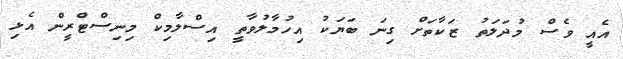
އެއީ ވެސް މުދަލަތު ޒަކާތަށް ގިނަ ބަޔަކު އިހުމާލުވާތީ އިސްލާމިކް މިނިސްޓްރީން އެޅި